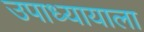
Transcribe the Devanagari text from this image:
उपाध्यायाला